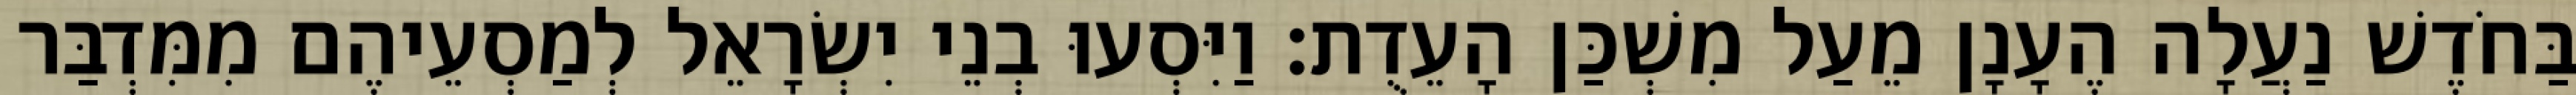
בַּחֹדֶשׁ נַעֲלָה הֶעָנָן מֵעַל מִשְׁכַּן הָעֵדֻת׃ וַיִּסְעוּ בְנֵי יִשְׂרָאֵל לְמַסְעֵיהֶם מִמִּדְבַּר